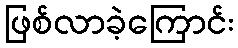
ဖြစ်လာခဲ့ကြောင်း